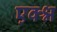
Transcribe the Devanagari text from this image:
एक्श्न